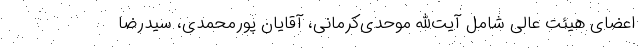
اعضای هیئت عالی شامل آیت‌الله موحدی‌کرمانی، آقایان پورمحمدی، سیدرضا